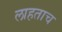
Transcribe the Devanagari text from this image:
लाहताच